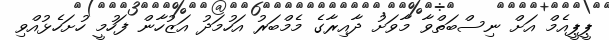
ޕީޕީއެމް އަށް ނިސްބަތްވާ މާވަށު ދާއިރާގެ މެމްބަރު އަހުމަދު އަޒުހާން ފަހުމީ ހުށަހެޅުއްވި